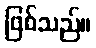
ဖြစ်သည်။